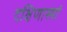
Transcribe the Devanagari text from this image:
दक्षिणास्यां